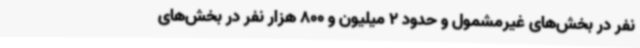
نفر در بخش‌های غیرمشمول و حدود 2 میلیون و 800 هزار نفر در بخش‌های